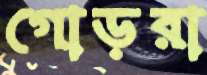
গোড়রা